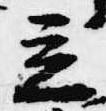
立